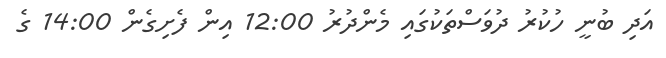
އަދި ބުނީ ހުކުރު ދުވަސްތަކުގައި މެންދުރު 12:00 އިން ފެށިގެން 14:00 ގެ